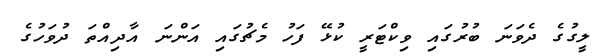
ލީގުގެ ދެވަނަ ބުރުގައި ވިކްޓަރީ ކުޅޭ ފަހު މެޗުގައި އަންނަ އާދިއްތަ ދުވަހުގެ